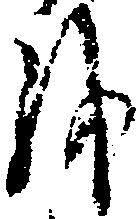
を